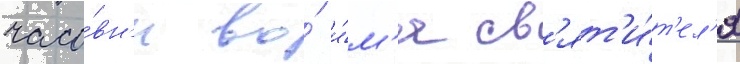
часо́вн'и во́ и́м'я св'ят'и́т'ел'я